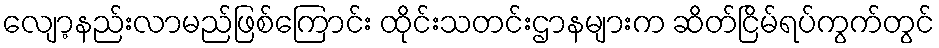
လျော့နည်းလာမည်ဖြစ်ကြောင်း ထိုင်းသတင်းဌာနများက ဆိတ်ငြိမ်ရပ်ကွက်တွင်